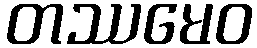
တဿမေဝ